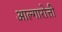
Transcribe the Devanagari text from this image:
आल्गारोत्ती